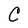
Character: C